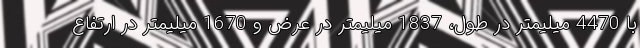
با 4470 میلیمتر در طول، 1837 میلیمتر در عرض و 1670 میلیمتر در ارتفاع